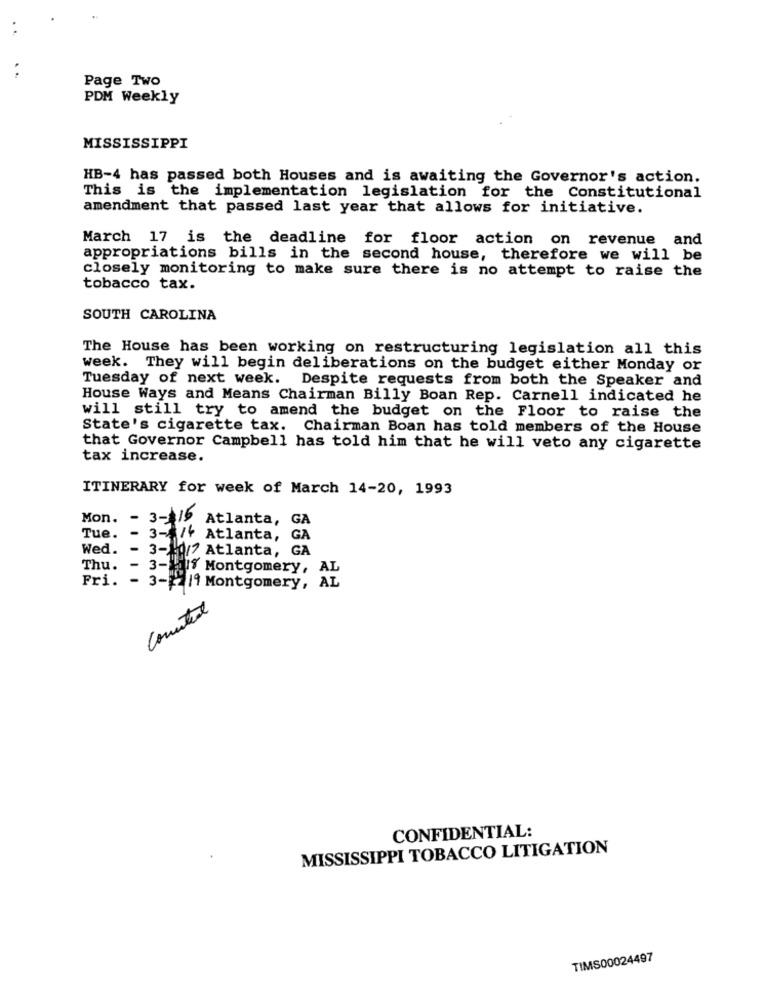
Page Two
PDM Weekly
MISSISSIPPI
HB-4 has passed both Houses and is awaiting the Governor's action.
This is the implementation legislation for the Constitutional
amendment that passed last year that allows for initiative.
March 17 is the deadline for floor action on revenue and
appropriations bills in the second house, therefore we will be
closely monitoring to make sure there is no attempt to raise the
tobacco tax.
SOUTH CAROLINA
The House has been working on restructuring legislation all this
week. They will begin deliberations on the budget either Monday or
Tuesday of next week. Despite requests from both the Speaker and
House Ways and Means Chairman Billy Boan Rep. Carnell indicated he
will still try to amend the budget on the Floor to raise the
State's cigarette tax. Chairman Boan has told members of the House
that Governor Campbell has told him that he will veto any cigarette
tax increase.
ITINERARY for week of March 14-20, 1993
Mon. - 3-116
Atlanta, GA
Tue.
3-/f Atlanta, GA
Wed.
- 3-10/7 Atlanta, GA
Thu.
- 3- 1lf Montgomery, AL
Fri. - 3-22/9 Montgomery, AL
Counted
CONFIDENTIAL:
MISSISSIPPI TOBACCO LITIGATION
TIMS00024497